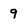
Character: 9